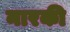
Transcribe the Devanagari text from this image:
नारकी